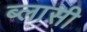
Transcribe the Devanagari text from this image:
ब्लासी